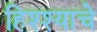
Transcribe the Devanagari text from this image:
हिश्श्याचे